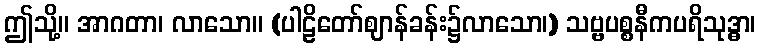
ဤသို့။ အာဂတာ၊ လာသော။ (ပါဠိတော်ဈာန်ခန်း၌လာသော၊) သဗ္ဗပစ္စနီကပရိသုဒ္ဓာ၊